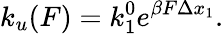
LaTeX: k_{u}(F)=k_{1}^{0}e^{\beta F\Delta x_{1}}.